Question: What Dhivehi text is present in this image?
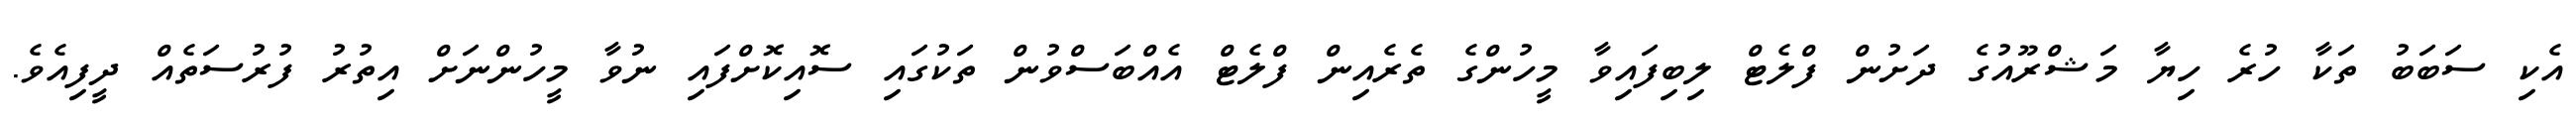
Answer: އެކި ސަބަބު ތަކާ ހުރެ ހިޔާ މަޝްރޫއުގެ ދަށުން ފްލެޓް ލިބިފައިވާ މީހުންގެ ތެރެއިން ފްލެޓް އެއްބަސްވުން ތަކުގައި ސޮއިކޮށްފައި ނުވާ މީހުންނަށް އިތުރު ފުރުސަތެއް ދީފިއެވެ.